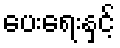
ပေးရေးနှင့်